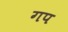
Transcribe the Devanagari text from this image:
गप